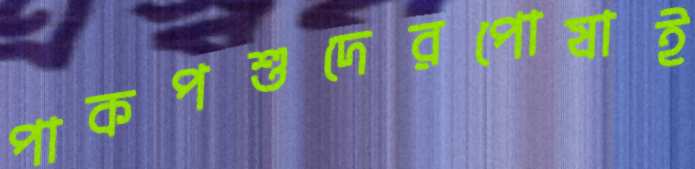
পাকপশুদেরপোষাই